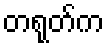
တရုတ်က